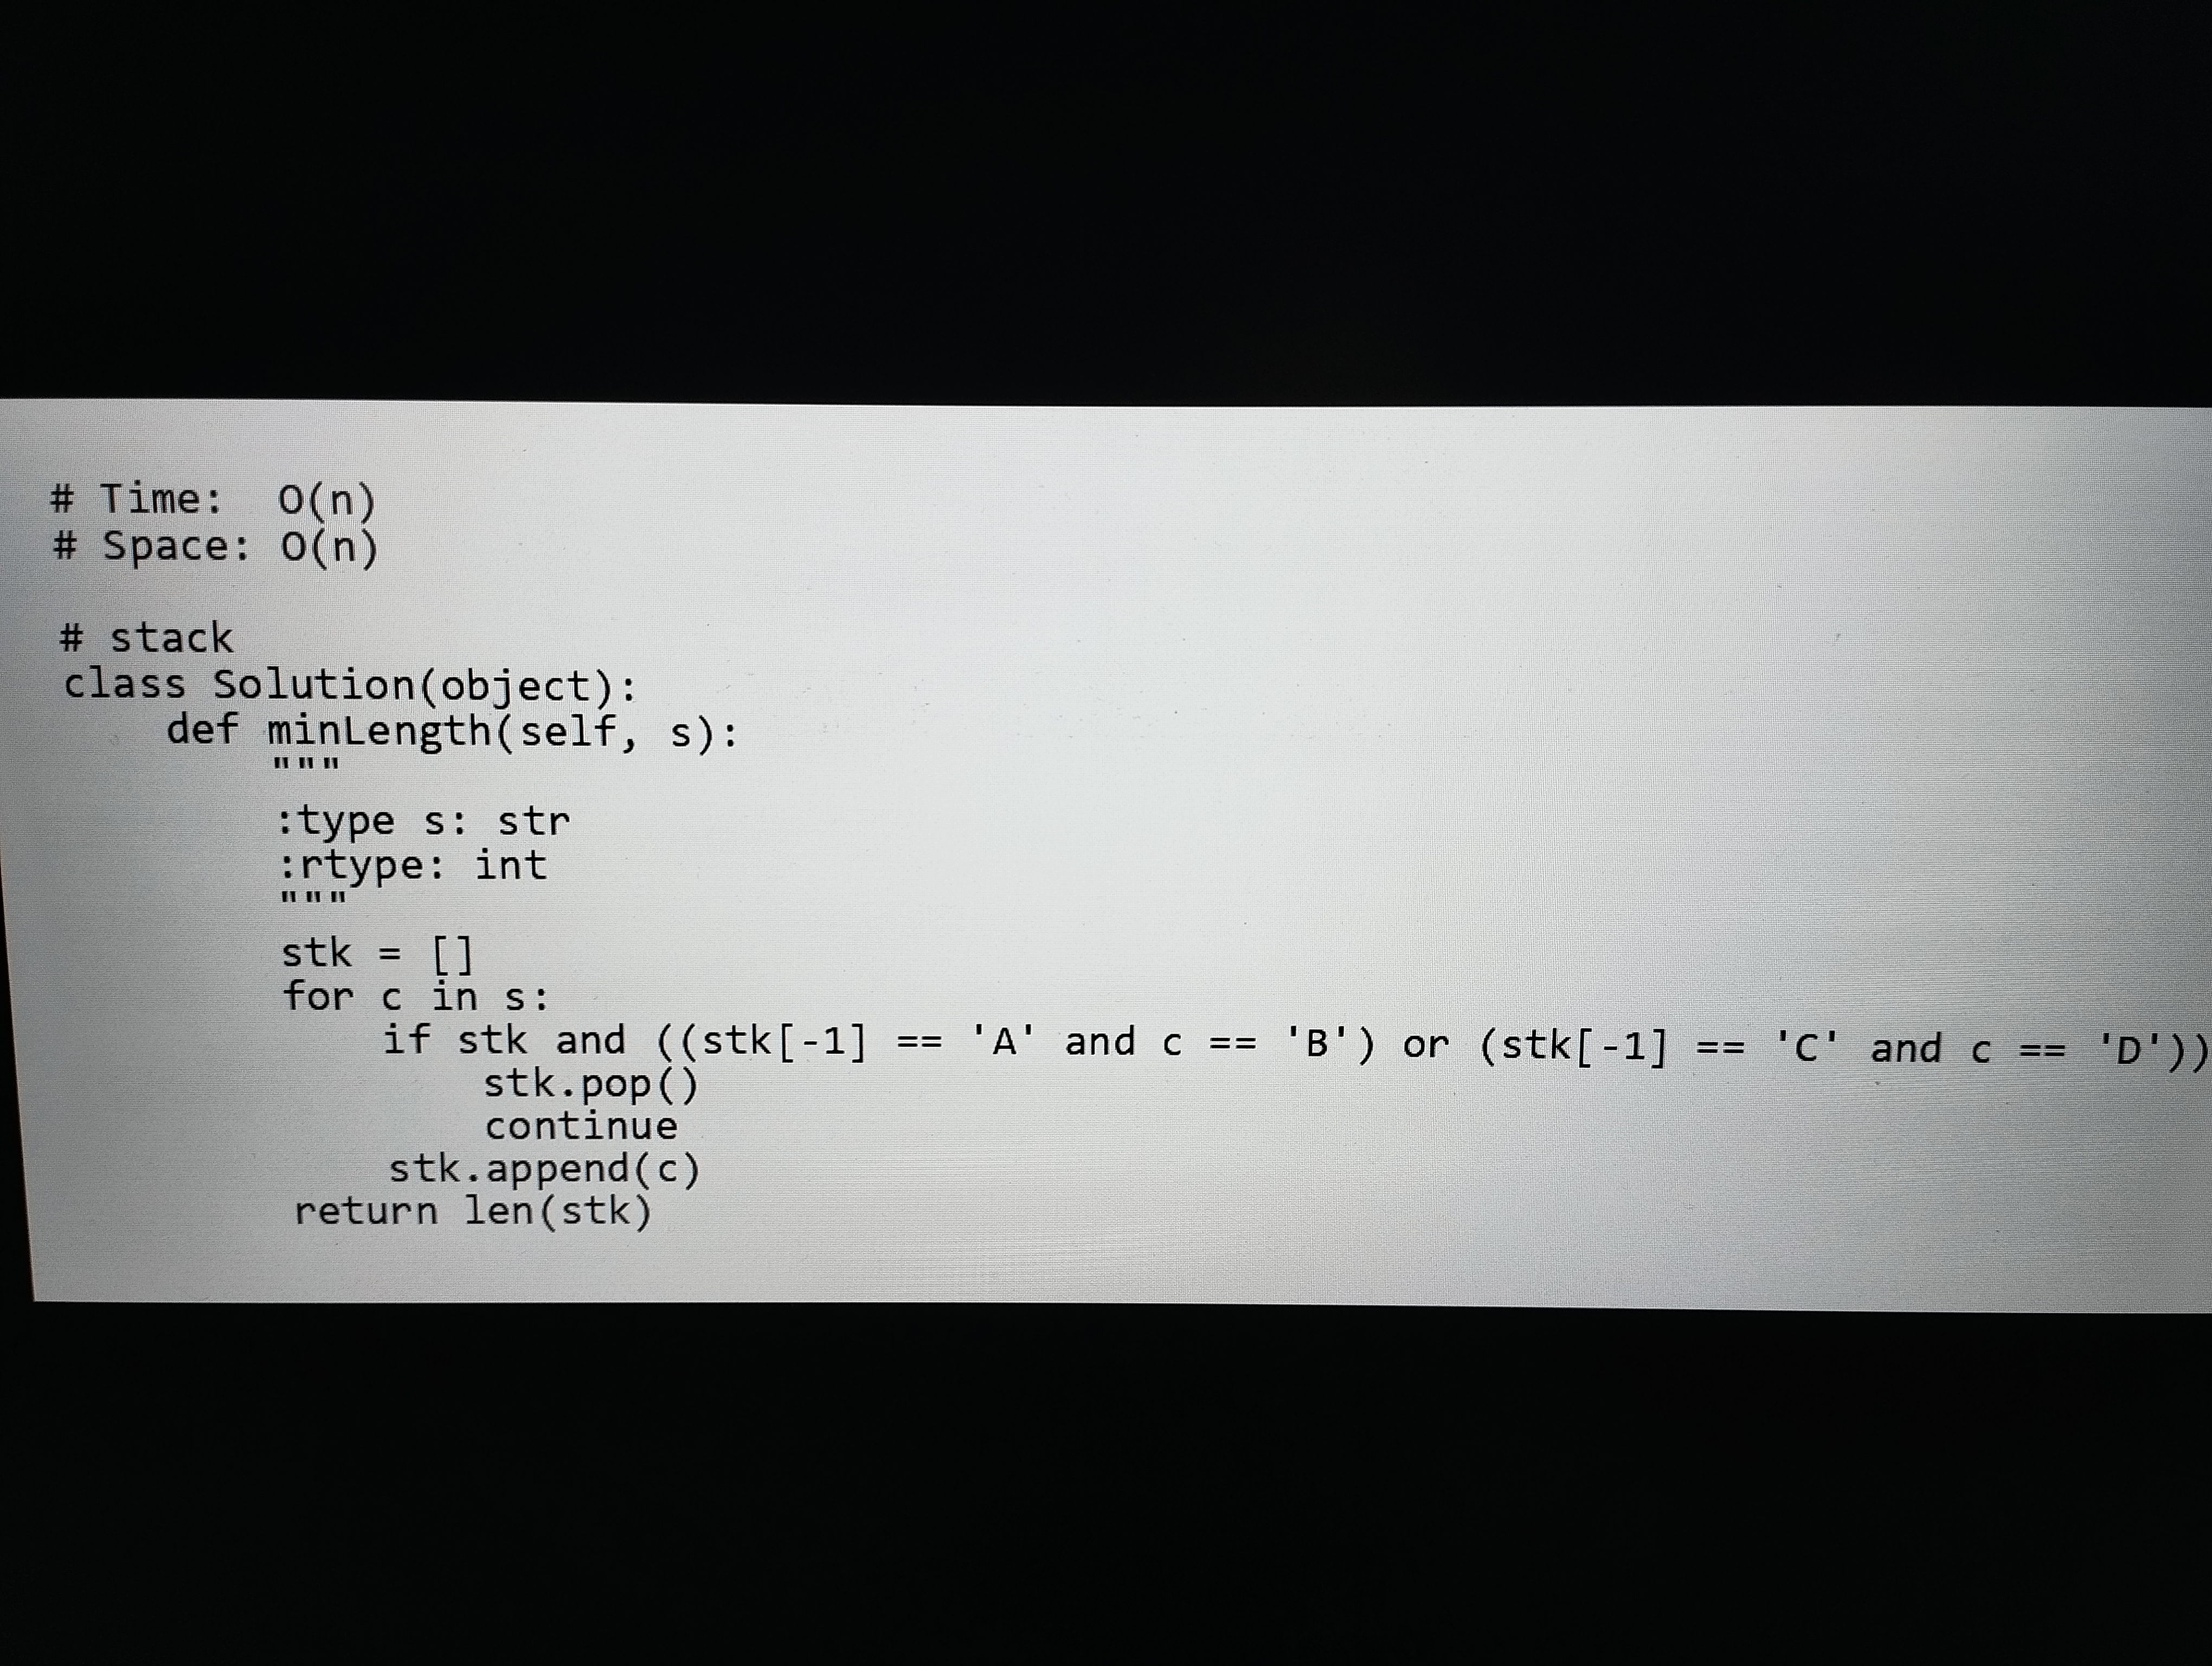
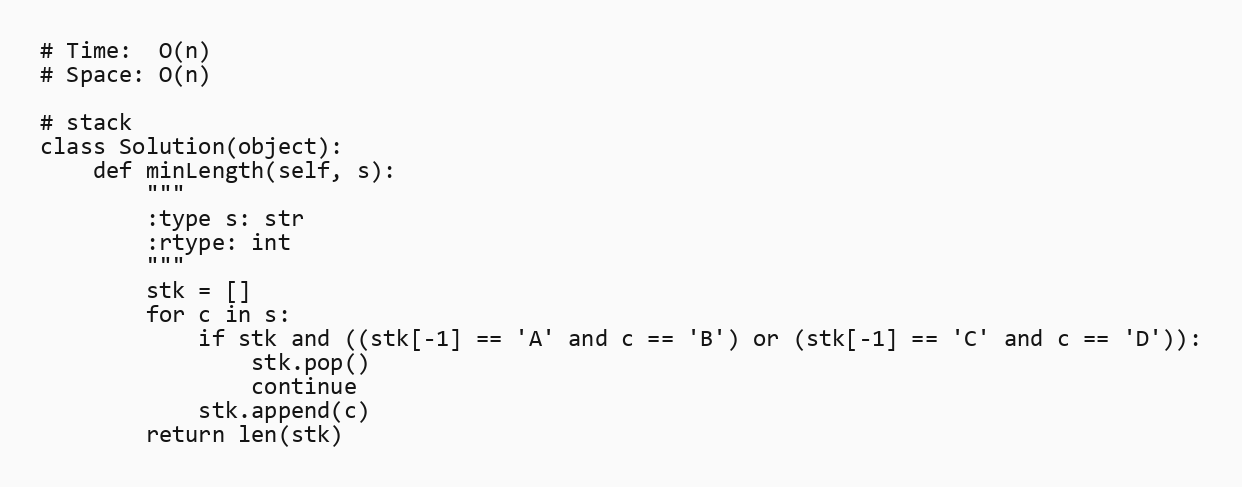
# Time:  O(n)
# Space: O(n)

# stack
class Solution(object):
    def minLength(self, s):
        """
        :type s: str
        :rtype: int
        """
        stk = []
        for c in s:
            if stk and ((stk[-1] == 'A' and c == 'B') or (stk[-1] == 'C' and c == 'D')):
                stk.pop()
                continue
            stk.append(c)
        return len(stk)